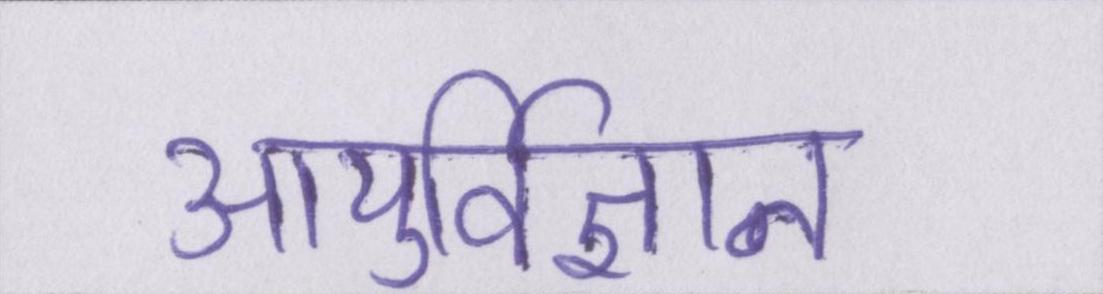
आयुर्विज्ञान